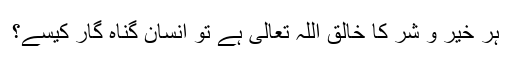
ہر خیر و شر کا خالق اللہ تعالیٰ ہے تو انسان گناہ گار کیسے؟